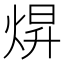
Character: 焺